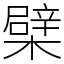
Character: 檗